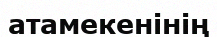
атамекенінің